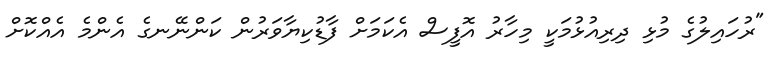
"ރުހައިލުގެ މުޅި ދިރިއުޅުމަކީ މިހާރު އޮފީސް އެކަމަށް ފާޑުކިޔާވަރުން ކަންނޭނގެ އެންމެ އެއްކޮށް